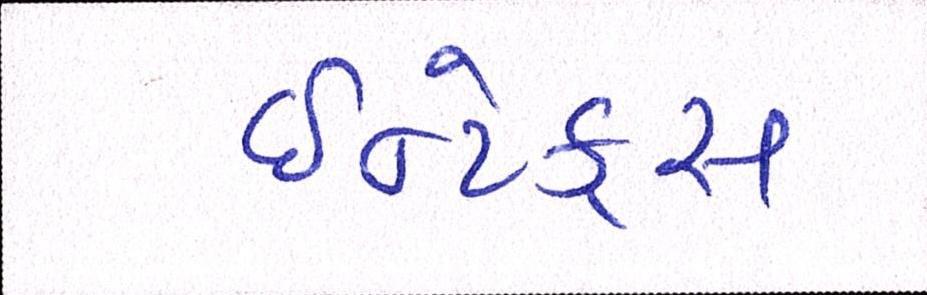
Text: ઈન્ટેક્સ